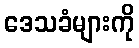
ဒေသခံများကို